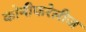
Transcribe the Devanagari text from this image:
कोनीफरेलीज